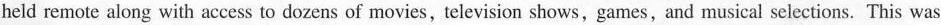
held remote along with access to dozens of movies, television shows, games, and musical selections. This was